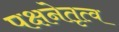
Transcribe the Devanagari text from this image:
पक्षनेतृत्व